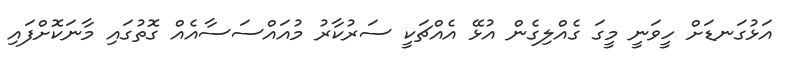
އަޅުގަނޑަށް ހީވަނީ މީގަ ގެއްލިގެން އުޅޭ އެއްޗަކީ ސަރުކާރު މުއައްސަސާއެއް ގޮތުގައި މާނަކޮށްފައި